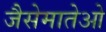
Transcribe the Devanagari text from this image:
जैसेमातेओ